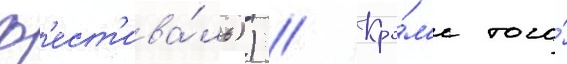
ф'ест'ива́ль)) // Кро́м'е того́